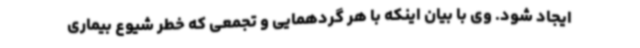
ایجاد شود. وی با بیان اینکه با هر گردهمایی و تجمعی که خطر شیوع بیماری